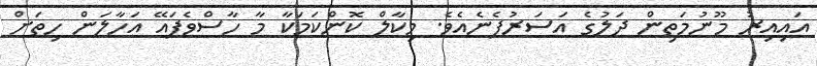
އައިއިރު މޫނުމަތިން ދަލުގެ އަސަރުފެނެއެވެ. މިކާލް ކޮންކަމަކާ މާ ހާސްވެފައޭ އަހާލަން ހިތަށް